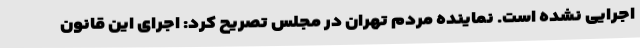
اجرایی نشده است. نماینده مردم تهران در مجلس تصریح کرد: اجرای این قانون